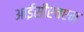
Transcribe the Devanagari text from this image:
आईसीएचएम